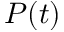
P ( t )